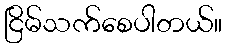
ငြိမ်သက်စေပါတယ်။